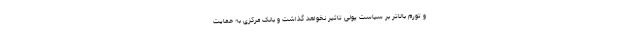
و تورم بالاتر بر سیاست پولی تاثیر نخواهد گذاشت و بانک مرکزی به حمایت